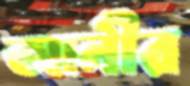
আনীর